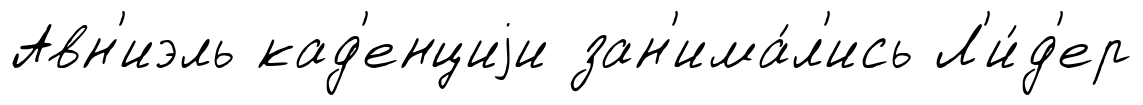
Авн'иэль кад'енциjи зан'има́л'ись Л'и́д'ер